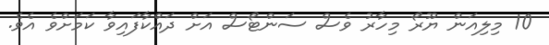
10 މިލިއަން ޔޫރޯ މިހާރު ވެސް ސަންޓޯސް އަށް ދައްކާފައިވާ ކަމަށްވެ އެވެ.